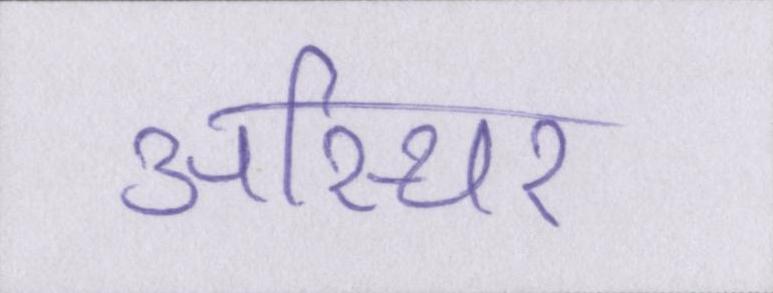
अस्थिर